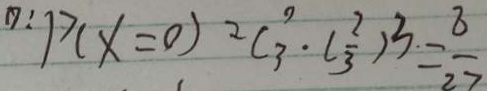
0 : p ( x = 0 ) = C _ { 3 } ^ { 0 } \cdot ( \frac { 2 } { 3 } ) ^ { 3 } = \frac { 8 } { 2 7 }